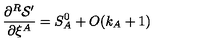
\frac { \partial ^ { R } { \cal S } ^ { \prime } } { \partial \xi ^ { A } } = S _ { A } ^ { 0 } + O ( k _ { A } + 1 )